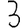
Digit: 3